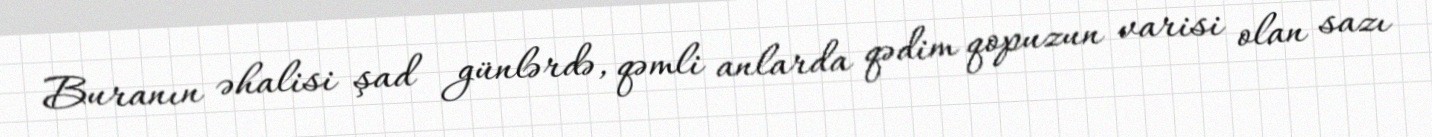
Buranın əhalisi şad günlərdə, qəmli anlarda qədim qopuzun varisi olan sazı